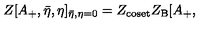
Z [ A _ { + } , { \bar { \eta } } , \eta ] _ { \bar { \eta } , \eta = 0 } = Z _ { \mathrm { c o s e t } } Z _ { \mathrm { B } } [ A _ { + } ,